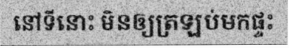
នៅទីនោះ មិនឲ្យត្រឡប់មកផ្ទះ